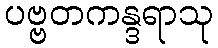
ပဗ္ဗတကန္ဒရာသု